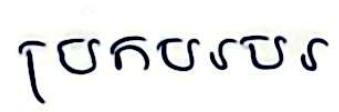
ប្រកបរបរ